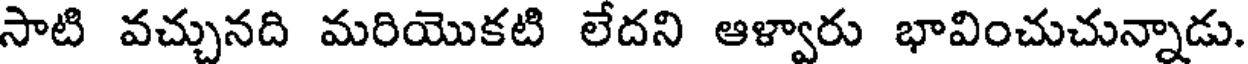
సాటి వచ్చునది మరియొకటి లేదని ఆళ్వారు భావించుచున్నాడు.